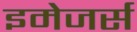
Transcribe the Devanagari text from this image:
इमेजर्स